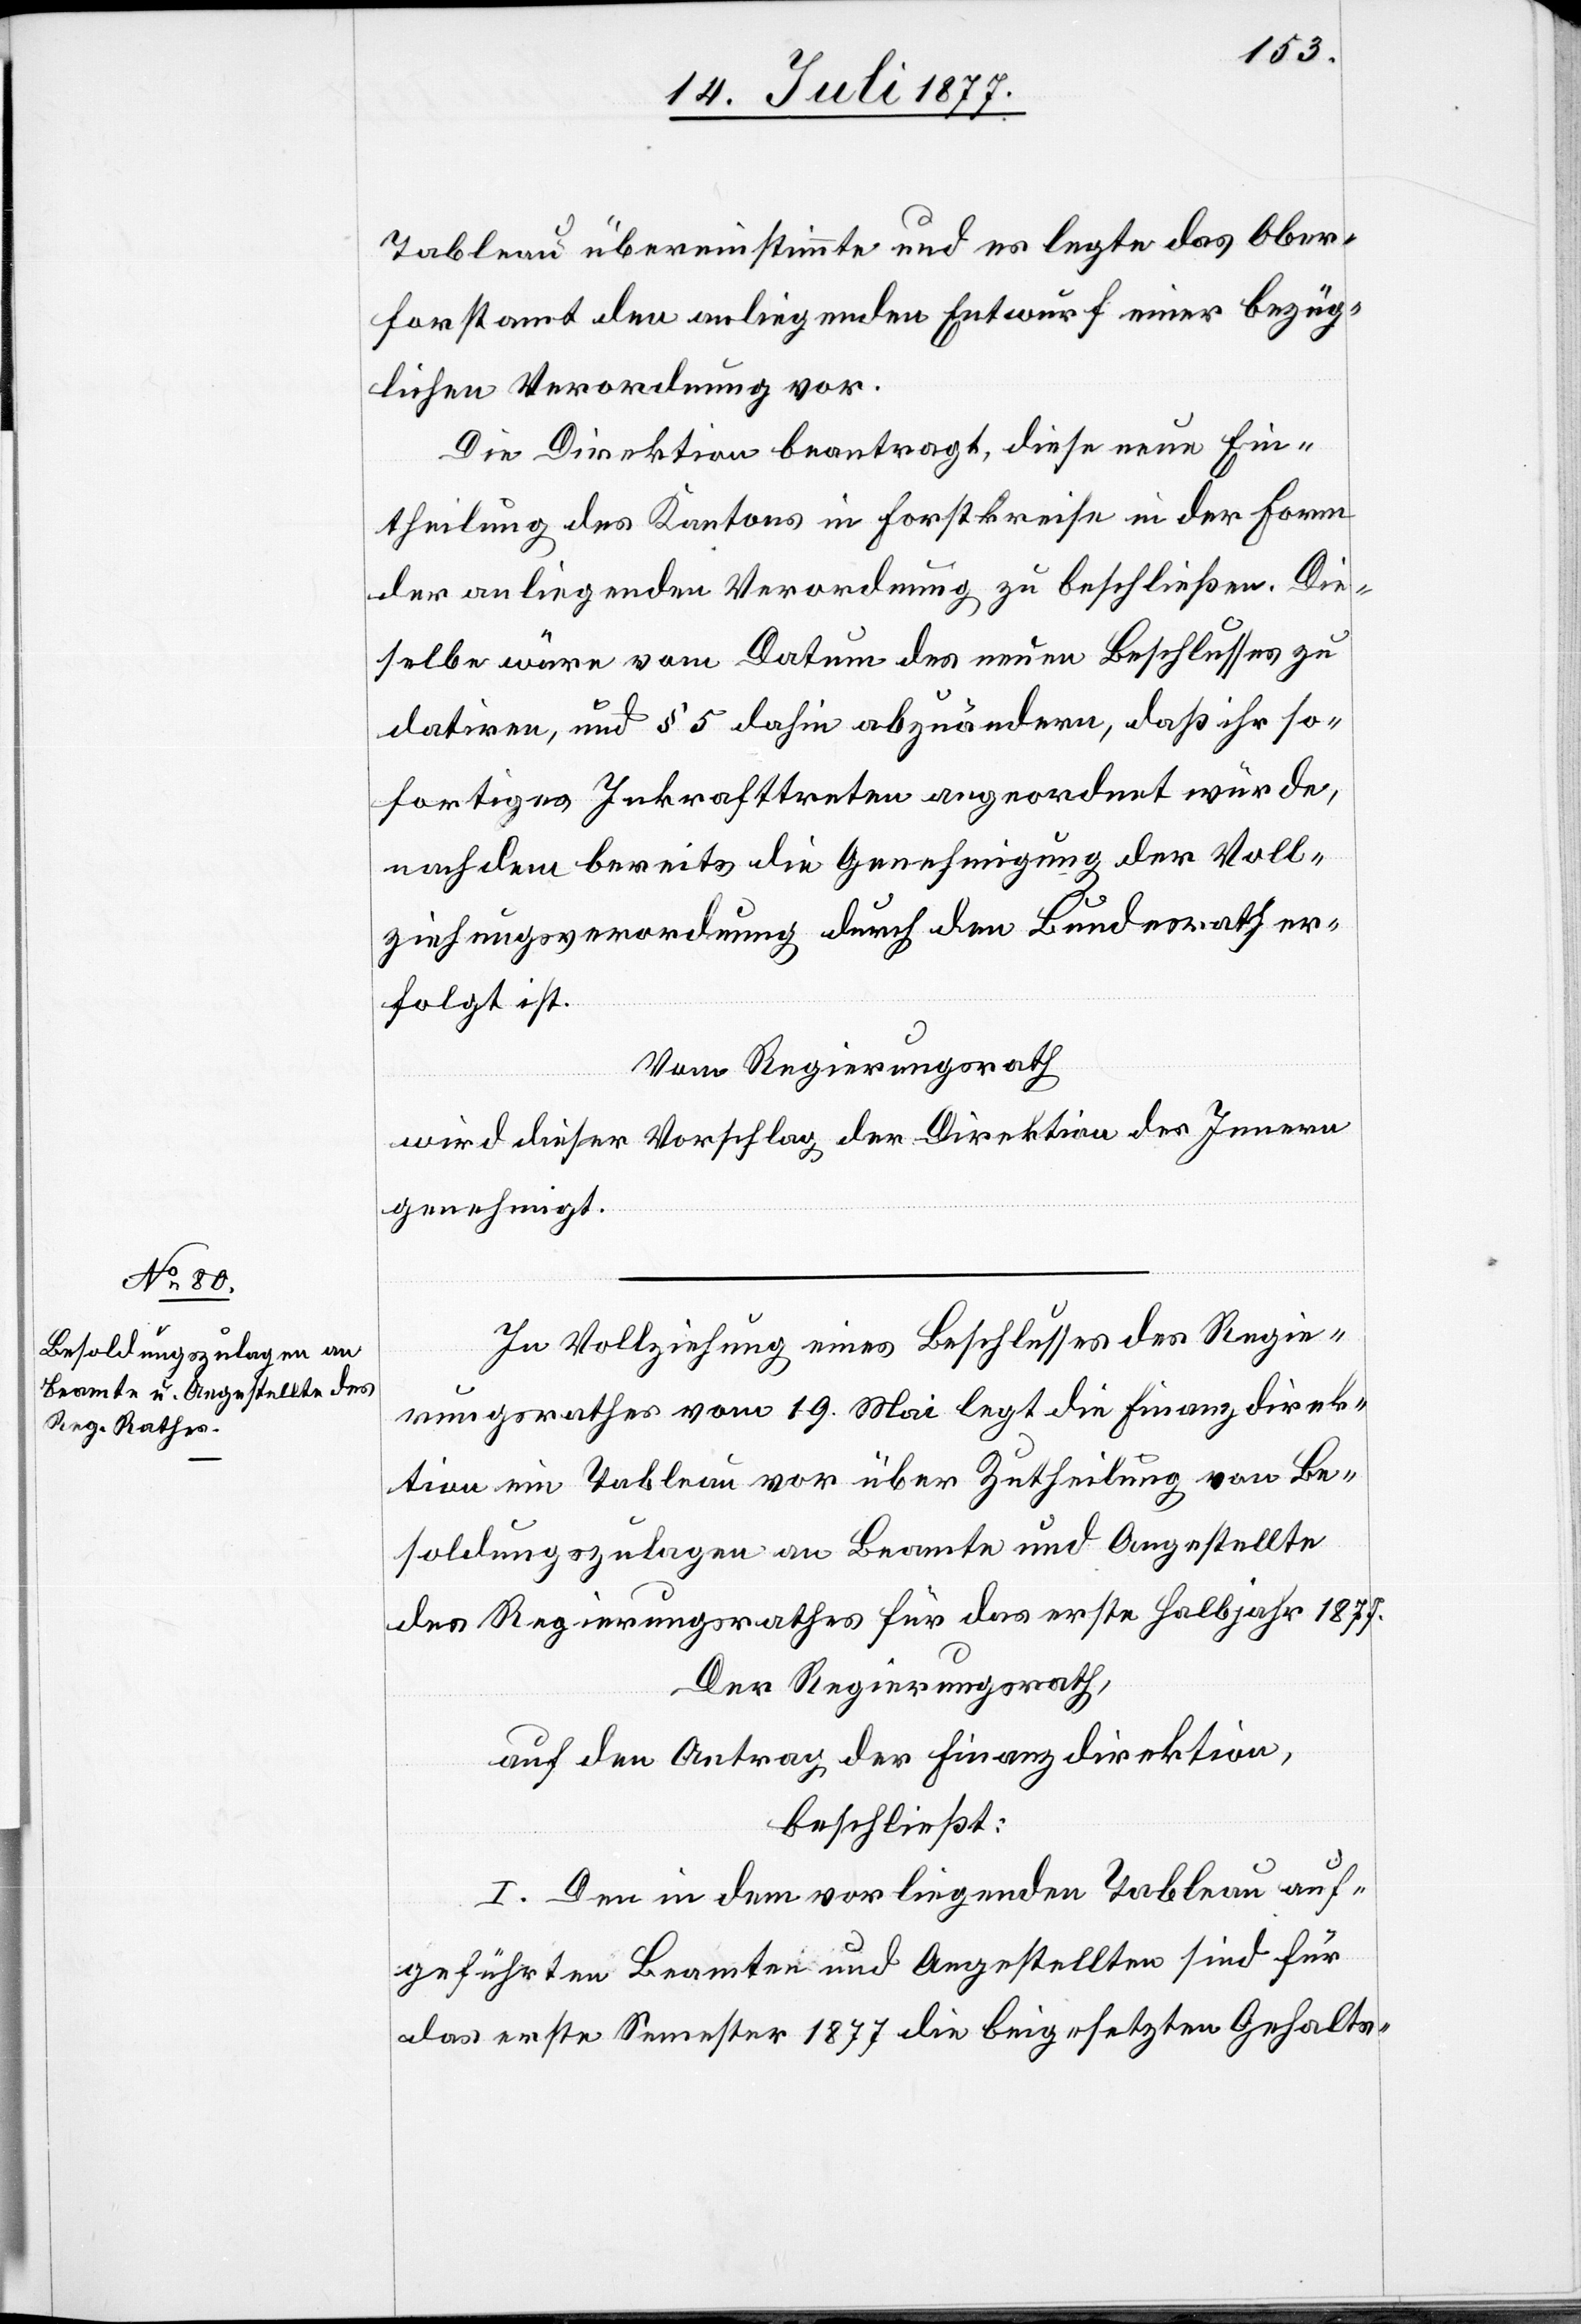
Tableau übereinstimmte und es legte das Ober¬
forstamt den anliegenden Entwurf einer bezüg¬
lichen Verordnung vor.
Die Direktion beantragt, diese neue Ein¬
theilung des Kantons in Forstkreise in der Form
der anliegenden Verordnung zu beschließen. Die¬
selbe wäre vom Datum des neuen Beschlusses zu
datiren, und § 5 dahin abzuändern, daß ihr so¬
fortiges Inkrafttreten angeordnet würde,
nachdem bereits die Genehmigung der Voll¬
ziehungsverordnung durch den Bundesrath er¬
folgt ist.
Vom Regierungsrath
wird dieser Vorschlag der Direktion des Innern
genehmigt.
In Vollziehung eines Beschlusses des Regie¬
rungsrathes vom 19. Mai legt die Finanzdirek¬
tion ein Tableau vor über Zutheilung von Be¬
soldungszulagen an Beamte und Angestellte
des Regierungsrathes für das erste Halbjahr 1877.
Der Regierungsrath,
auf den Antrag der Finanzdirektion,
beschließt:
I. Den in dem vorliegenden Tableau auf¬
geführten Beamten und Angestellten sind für
das erste Semester 1877 die beigesetzten Gehalts-